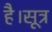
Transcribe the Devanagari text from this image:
है।सूत्र